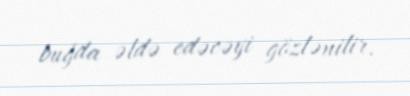
buğda əldə edəcəyi gözlənilir.